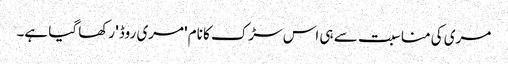
مری کی مناسبت سے ہی اس سڑک کا نام 'مری روڈ' رکھا گیا ہے۔